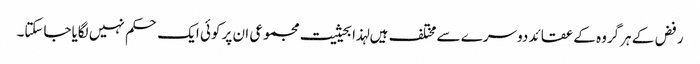
رفض کے ہرگروہ کے عقائد دوسرے سے مختلف ہیں لہذا بحیثیت مجموعی ان پر کوئی ایک حکم نہیں لگایاجاسکتا۔